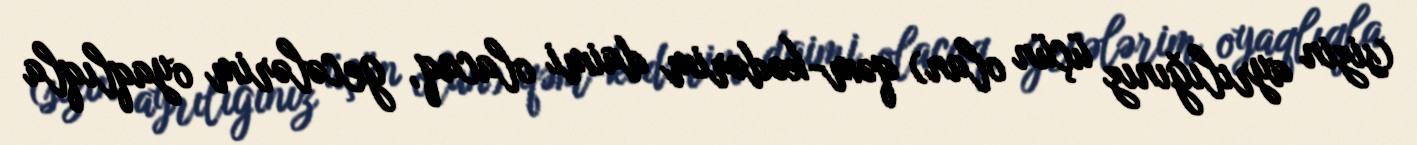
(sizin ayrılığınız üçün olan) qəm-kədərim daimi olacaq, gecələrim oyaqlıqla